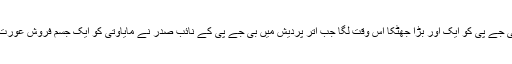
اسی ماحول میں بی جے پی کو ایک اور بڑا جھٹکا اس وقت لگا جب اتر پردیش میں بی جے پی کے نائب صدر نے مایاوتی کو ایک جسم فروش عورت سے منسوب کیا۔